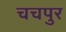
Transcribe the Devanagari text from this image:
चचपुर